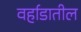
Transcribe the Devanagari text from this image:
वर्हाडातील